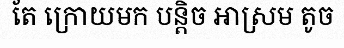
តែ ក្រោយមក បន្តិច អាស្រម តូច